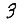
Digit: 3